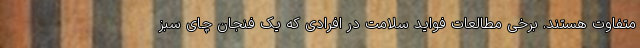
متفاوت هستند. برخی مطالعات فواید سلامت در افرادی که یک فنجان چای سبز